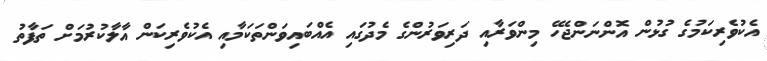
އެކުވެރިކަމުގެ ގުޅުން އޮންނަންޖެހޭ މިންވަރާއި ދަރިވަރުންގެ މެދުގައި އެއްބައިވަންތަކަމާއި އެކުވެރިކަން އާލާކުރުމަށް ތަފާތު